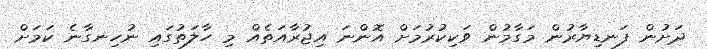
ދަށުން ފަނޑިޔާރުން މަގާމުން ވަކިކުރުމަށް އޮންނަ އިޖުރާއަތެއް މި ހާލަތުގައި ނުހިނގާނެ ކަމަށް